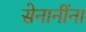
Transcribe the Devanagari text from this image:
सेनानींना